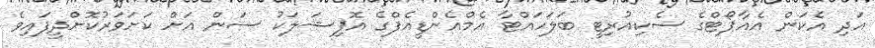
އަދި އެކަން އެއާޕޯޓްގެ ސެކިއުރިޓީ ބަލަހައްޓާ އެމްއެންޑީއެފްގެ އޮފިޝަލަކު ސަން އަށް ކަށަވަރުކޮށްދީފައިވެ